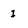
Character: I